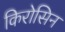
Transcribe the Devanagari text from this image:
किरोसिन